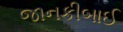
જાનકીબાઈ